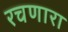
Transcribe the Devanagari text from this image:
रचणारा